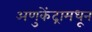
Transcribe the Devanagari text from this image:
अणुकेंद्रामधून